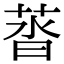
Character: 䓠